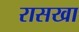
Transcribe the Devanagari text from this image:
रासखा